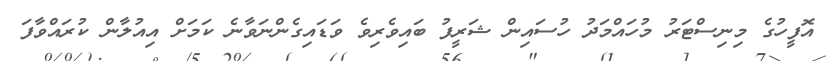
އޮފީހުގެ މިނިސްޓަރު މުހައްމަދު ހުސައިން ޝަރީފު ބައިވެރިވެ ވަޑައިގެންނަވާނެ ކަމަށް އިއުލާން ކުރައްވާފަ